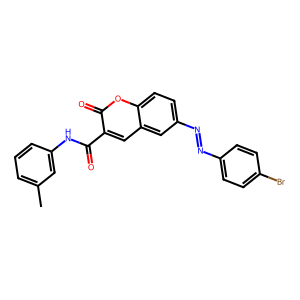
SMILES: Cc1cccc(NC(=O)c2cc3cc(N=Nc4ccc(Br)cc4)ccc3oc2=O)c1
Inhibits HIV replication: No